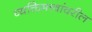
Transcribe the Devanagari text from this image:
व्यक्तिमत्त्वांवरील